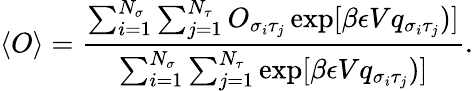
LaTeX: \langle O\rangle=\frac{\sum_{i=1}^{N_{\sigma}}\sum_{j=1}^{N_{\tau}}O_{\sigma_{i}\tau_{j}}\exp[\beta\epsilon Vq_{\sigma_{i}\tau_{j}})]}{\sum_{i=1}^{N_{\sigma}}\sum_{j=1}^{N_{\tau}}\exp[\beta\epsilon Vq_{\sigma_{i}\tau_{j}})]}.